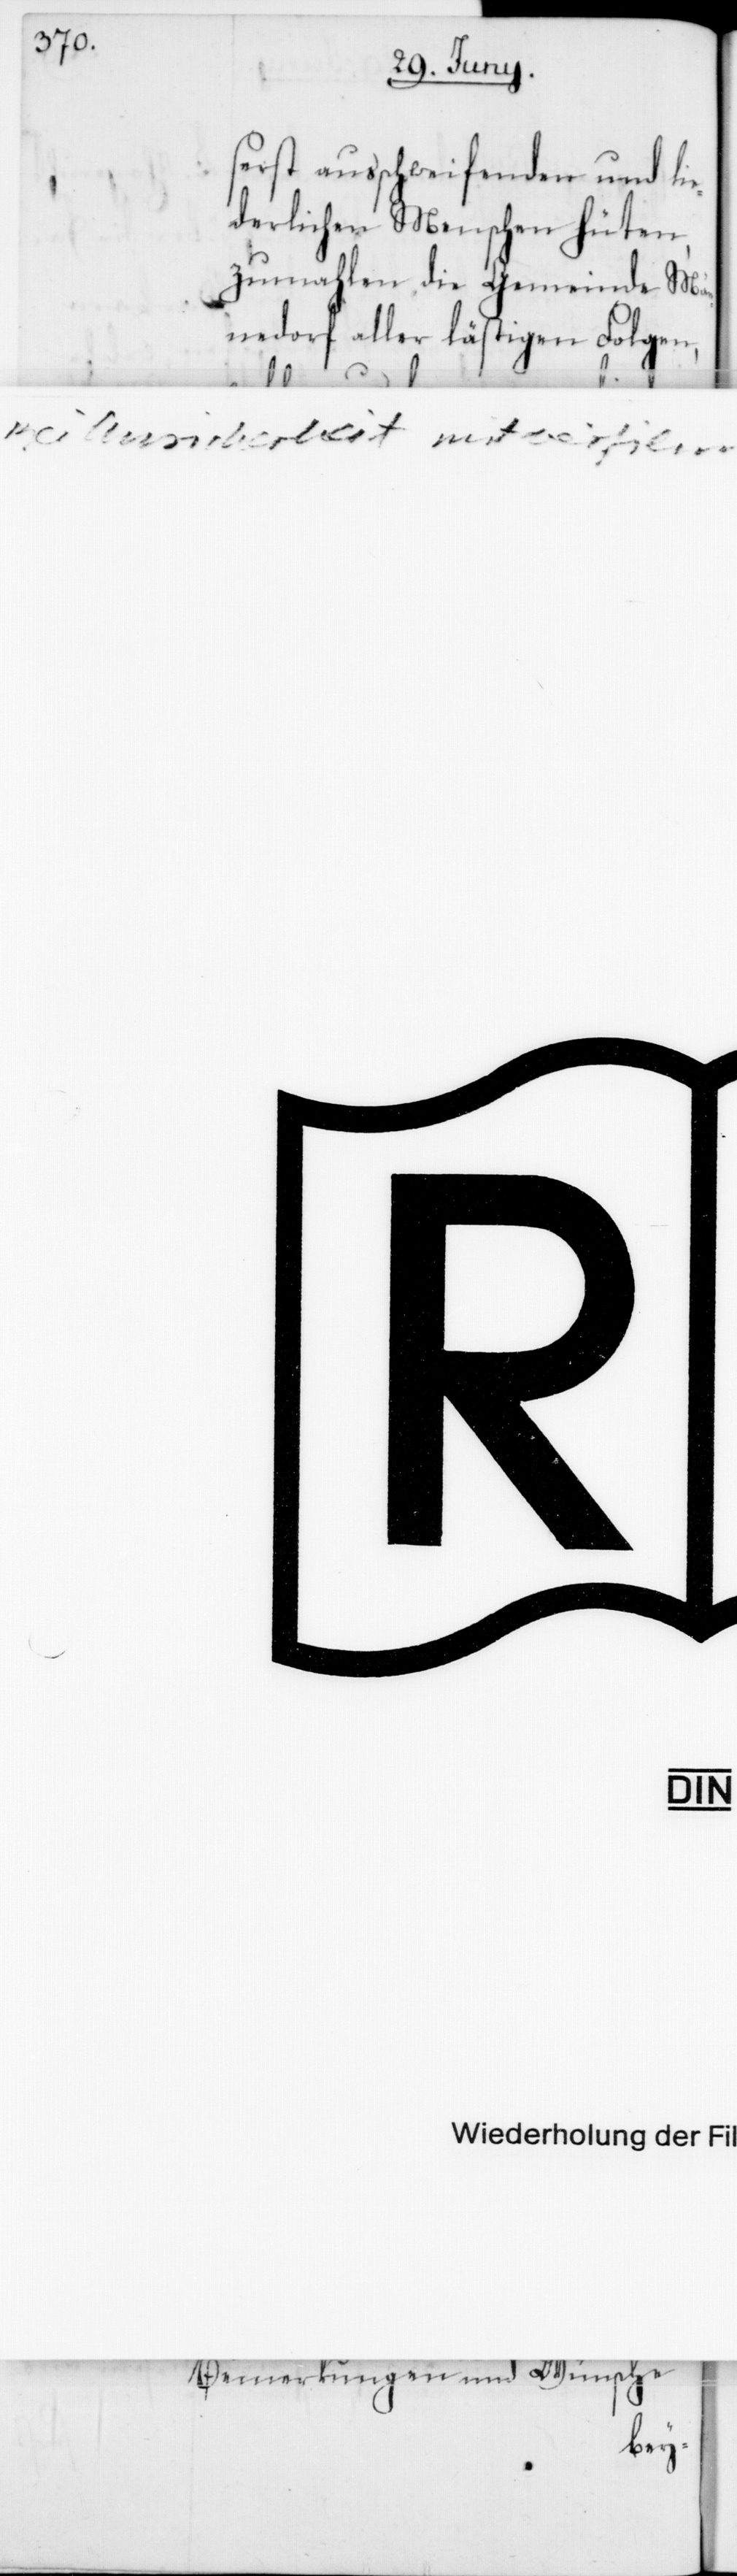
serst ausschweifenden und lie¬
derlichen Menschen hüten,
zumahlen die Gemeinde Män¬
nedorf aller lästigen Folgen,
da das L.
und Thätigkeit in Behandlung
Dank.
Beendigung der ged¬
Bemerkungen und Wünsche